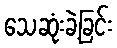
သေဆုံးခဲ့ခြင်း